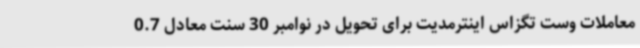
معاملات وست تگزاس اینترمدیت برای تحویل در نوامبر 30 سنت معادل 0.7